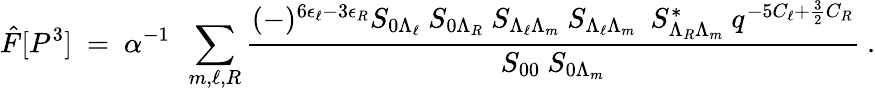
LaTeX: {\hat{F}}[P^{3}]~=~{\alpha}^{-1}~~\sum_{m,\ell,R}{\frac{(-)^{6\epsilon_{\ell}-3\epsilon_{R}}{S_{0\Lambda_{\ell}}~S_{0\Lambda_{R}}~S_{\Lambda_{\ell}\Lambda_{m}}~S_{\Lambda_{\ell}\Lambda_{m}}~~S_{\Lambda_{R}\Lambda_{m}}^{*}~q^{-5C_{\ell}+{\frac{3}{2}}C_{R}}}}{S_{00}~S_{0\Lambda_{m}}}}~.